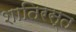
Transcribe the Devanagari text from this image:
शातिरस्त